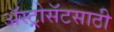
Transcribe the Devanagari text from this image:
ॲस्ट्रोसॅटसाठी